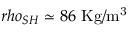
r h o _ { S H } \simeq 8 6 ~ \mathrm { K g / m ^ { 3 } }